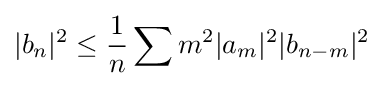
|b_{n}|^{2}\leq {1 \over n}\sum m^{2}|a_{m}|^{2}|b_{n-m}|^{2}